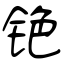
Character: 铯